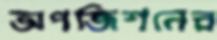
অপজিশনের